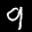
Label: 9